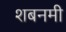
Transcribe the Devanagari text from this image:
शबनमी